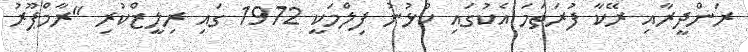
ރަންދީރާއި ރޭކާ ފުރަތަމަ އެކުގައި ކުޅުނު ފިލްމަކީ 1972 ގައި ރިލީޒްކުރި "ރާމްޕޫރު